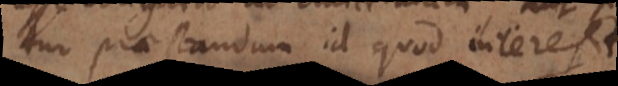
tur praestandum id quod interest